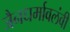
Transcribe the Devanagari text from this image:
जैनधर्मावलंवी